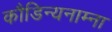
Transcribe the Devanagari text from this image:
कौडिन्यनाम्ना